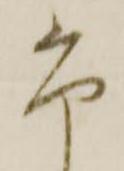
尚